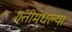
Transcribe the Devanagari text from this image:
गतीमधल्या